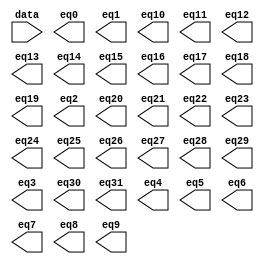
// megafunction wizard: %LPM_DECODE%VBB%
// GENERATION: STANDARD
// VERSION: WM1.0
// MODULE: LPM_DECODE 

// ============================================================
// Megafunction Name(s):
// 			LPM_DECODE
//
// Simulation Library Files(s):
// 			lpm
// ============================================================
// ************************************************************
// THIS IS A WIZARD-GENERATED FILE. DO NOT EDIT THIS FILE!
//
// 22.1std.1 Build 917 02/14/2023 SC Lite Edition
// ************************************************************

//Copyright (C) 2023  Intel Corporation. All rights reserved.
//Your use of Intel Corporation's design tools, logic functions 
//and other software and tools, and any partner logic 
//functions, and any output files from any of the foregoing 
//(including device programming or simulation files), and any 
//associated documentation or information are expressly subject 
//to the terms and conditions of the Intel Program License 
//Subscription Agreement, the Intel Quartus Prime License Agreement,
//the Intel FPGA IP License Agreement, or other applicable license
//agreement, including, without limitation, that your use is for
//the sole purpose of programming logic devices manufactured by
//Intel and sold by Intel or its authorized distributors.  Please
//refer to the applicable agreement for further details, at
//https://fpgasoftware.intel.com/eula.

module decode5_32 (
	data,
	eq0,
	eq1,
	eq10,
	eq11,
	eq12,
	eq13,
	eq14,
	eq15,
	eq16,
	eq17,
	eq18,
	eq19,
	eq2,
	eq20,
	eq21,
	eq22,
	eq23,
	eq24,
	eq25,
	eq26,
	eq27,
	eq28,
	eq29,
	eq3,
	eq30,
	eq31,
	eq4,
	eq5,
	eq6,
	eq7,
	eq8,
	eq9);

	input	[4:0]  data;
	output	  eq0;
	output	  eq1;
	output	  eq10;
	output	  eq11;
	output	  eq12;
	output	  eq13;
	output	  eq14;
	output	  eq15;
	output	  eq16;
	output	  eq17;
	output	  eq18;
	output	  eq19;
	output	  eq2;
	output	  eq20;
	output	  eq21;
	output	  eq22;
	output	  eq23;
	output	  eq24;
	output	  eq25;
	output	  eq26;
	output	  eq27;
	output	  eq28;
	output	  eq29;
	output	  eq3;
	output	  eq30;
	output	  eq31;
	output	  eq4;
	output	  eq5;
	output	  eq6;
	output	  eq7;
	output	  eq8;
	output	  eq9;

endmodule

// ============================================================
// CNX file retrieval info
// ============================================================
// Retrieval info: PRIVATE: BaseDec NUMERIC "1"
// Retrieval info: PRIVATE: EnableInput NUMERIC "0"
// Retrieval info: PRIVATE: INTENDED_DEVICE_FAMILY STRING "Cyclone V"
// Retrieval info: PRIVATE: LPM_PIPELINE NUMERIC "0"
// Retrieval info: PRIVATE: Latency NUMERIC "0"
// Retrieval info: PRIVATE: SYNTH_WRAPPER_GEN_POSTFIX STRING "0"
// Retrieval info: PRIVATE: aclr NUMERIC "0"
// Retrieval info: PRIVATE: clken NUMERIC "0"
// Retrieval info: PRIVATE: eq0 NUMERIC "1"
// Retrieval info: PRIVATE: eq1 NUMERIC "1"
// Retrieval info: PRIVATE: eq10 NUMERIC "1"
// Retrieval info: PRIVATE: eq11 NUMERIC "1"
// Retrieval info: PRIVATE: eq12 NUMERIC "1"
// Retrieval info: PRIVATE: eq13 NUMERIC "1"
// Retrieval info: PRIVATE: eq14 NUMERIC "1"
// Retrieval info: PRIVATE: eq15 NUMERIC "1"
// Retrieval info: PRIVATE: eq16 NUMERIC "1"
// Retrieval info: PRIVATE: eq17 NUMERIC "1"
// Retrieval info: PRIVATE: eq18 NUMERIC "1"
// Retrieval info: PRIVATE: eq19 NUMERIC "1"
// Retrieval info: PRIVATE: eq2 NUMERIC "1"
// Retrieval info: PRIVATE: eq20 NUMERIC "1"
// Retrieval info: PRIVATE: eq21 NUMERIC "1"
// Retrieval info: PRIVATE: eq22 NUMERIC "1"
// Retrieval info: PRIVATE: eq23 NUMERIC "1"
// Retrieval info: PRIVATE: eq24 NUMERIC "1"
// Retrieval info: PRIVATE: eq25 NUMERIC "1"
// Retrieval info: PRIVATE: eq26 NUMERIC "1"
// Retrieval info: PRIVATE: eq27 NUMERIC "1"
// Retrieval info: PRIVATE: eq28 NUMERIC "1"
// Retrieval info: PRIVATE: eq29 NUMERIC "1"
// Retrieval info: PRIVATE: eq3 NUMERIC "1"
// Retrieval info: PRIVATE: eq30 NUMERIC "1"
// Retrieval info: PRIVATE: eq31 NUMERIC "1"
// Retrieval info: PRIVATE: eq4 NUMERIC "1"
// Retrieval info: PRIVATE: eq5 NUMERIC "1"
// Retrieval info: PRIVATE: eq6 NUMERIC "1"
// Retrieval info: PRIVATE: eq7 NUMERIC "1"
// Retrieval info: PRIVATE: eq8 NUMERIC "1"
// Retrieval info: PRIVATE: eq9 NUMERIC "1"
// Retrieval info: PRIVATE: nBit NUMERIC "5"
// Retrieval info: PRIVATE: new_diagram STRING "1"
// Retrieval info: LIBRARY: lpm lpm.lpm_components.all
// Retrieval info: CONSTANT: LPM_DECODES NUMERIC "32"
// Retrieval info: CONSTANT: LPM_TYPE STRING "LPM_DECODE"
// Retrieval info: CONSTANT: LPM_WIDTH NUMERIC "5"
// Retrieval info: USED_PORT: @eq 0 0 32 0 OUTPUT NODEFVAL "@eq[31..0]"
// Retrieval info: USED_PORT: data 0 0 5 0 INPUT NODEFVAL "data[4..0]"
// Retrieval info: USED_PORT: eq0 0 0 0 0 OUTPUT NODEFVAL "eq0"
// Retrieval info: USED_PORT: eq1 0 0 0 0 OUTPUT NODEFVAL "eq1"
// Retrieval info: USED_PORT: eq10 0 0 0 0 OUTPUT NODEFVAL "eq10"
// Retrieval info: USED_PORT: eq11 0 0 0 0 OUTPUT NODEFVAL "eq11"
// Retrieval info: USED_PORT: eq12 0 0 0 0 OUTPUT NODEFVAL "eq12"
// Retrieval info: USED_PORT: eq13 0 0 0 0 OUTPUT NODEFVAL "eq13"
// Retrieval info: USED_PORT: eq14 0 0 0 0 OUTPUT NODEFVAL "eq14"
// Retrieval info: USED_PORT: eq15 0 0 0 0 OUTPUT NODEFVAL "eq15"
// Retrieval info: USED_PORT: eq16 0 0 0 0 OUTPUT NODEFVAL "eq16"
// Retrieval info: USED_PORT: eq17 0 0 0 0 OUTPUT NODEFVAL "eq17"
// Retrieval info: USED_PORT: eq18 0 0 0 0 OUTPUT NODEFVAL "eq18"
// Retrieval info: USED_PORT: eq19 0 0 0 0 OUTPUT NODEFVAL "eq19"
// Retrieval info: USED_PORT: eq2 0 0 0 0 OUTPUT NODEFVAL "eq2"
// Retrieval info: USED_PORT: eq20 0 0 0 0 OUTPUT NODEFVAL "eq20"
// Retrieval info: USED_PORT: eq21 0 0 0 0 OUTPUT NODEFVAL "eq21"
// Retrieval info: USED_PORT: eq22 0 0 0 0 OUTPUT NODEFVAL "eq22"
// Retrieval info: USED_PORT: eq23 0 0 0 0 OUTPUT NODEFVAL "eq23"
// Retrieval info: USED_PORT: eq24 0 0 0 0 OUTPUT NODEFVAL "eq24"
// Retrieval info: USED_PORT: eq25 0 0 0 0 OUTPUT NODEFVAL "eq25"
// Retrieval info: USED_PORT: eq26 0 0 0 0 OUTPUT NODEFVAL "eq26"
// Retrieval info: USED_PORT: eq27 0 0 0 0 OUTPUT NODEFVAL "eq27"
// Retrieval info: USED_PORT: eq28 0 0 0 0 OUTPUT NODEFVAL "eq28"
// Retrieval info: USED_PORT: eq29 0 0 0 0 OUTPUT NODEFVAL "eq29"
// Retrieval info: USED_PORT: eq3 0 0 0 0 OUTPUT NODEFVAL "eq3"
// Retrieval info: USED_PORT: eq30 0 0 0 0 OUTPUT NODEFVAL "eq30"
// Retrieval info: USED_PORT: eq31 0 0 0 0 OUTPUT NODEFVAL "eq31"
// Retrieval info: USED_PORT: eq4 0 0 0 0 OUTPUT NODEFVAL "eq4"
// Retrieval info: USED_PORT: eq5 0 0 0 0 OUTPUT NODEFVAL "eq5"
// Retrieval info: USED_PORT: eq6 0 0 0 0 OUTPUT NODEFVAL "eq6"
// Retrieval info: USED_PORT: eq7 0 0 0 0 OUTPUT NODEFVAL "eq7"
// Retrieval info: USED_PORT: eq8 0 0 0 0 OUTPUT NODEFVAL "eq8"
// Retrieval info: USED_PORT: eq9 0 0 0 0 OUTPUT NODEFVAL "eq9"
// Retrieval info: CONNECT: @data 0 0 5 0 data 0 0 5 0
// Retrieval info: CONNECT: eq0 0 0 0 0 @eq 0 0 1 0
// Retrieval info: CONNECT: eq1 0 0 0 0 @eq 0 0 1 1
// Retrieval info: CONNECT: eq10 0 0 0 0 @eq 0 0 1 10
// Retrieval info: CONNECT: eq11 0 0 0 0 @eq 0 0 1 11
// Retrieval info: CONNECT: eq12 0 0 0 0 @eq 0 0 1 12
// Retrieval info: CONNECT: eq13 0 0 0 0 @eq 0 0 1 13
// Retrieval info: CONNECT: eq14 0 0 0 0 @eq 0 0 1 14
// Retrieval info: CONNECT: eq15 0 0 0 0 @eq 0 0 1 15
// Retrieval info: CONNECT: eq16 0 0 0 0 @eq 0 0 1 16
// Retrieval info: CONNECT: eq17 0 0 0 0 @eq 0 0 1 17
// Retrieval info: CONNECT: eq18 0 0 0 0 @eq 0 0 1 18
// Retrieval info: CONNECT: eq19 0 0 0 0 @eq 0 0 1 19
// Retrieval info: CONNECT: eq2 0 0 0 0 @eq 0 0 1 2
// Retrieval info: CONNECT: eq20 0 0 0 0 @eq 0 0 1 20
// Retrieval info: CONNECT: eq21 0 0 0 0 @eq 0 0 1 21
// Retrieval info: CONNECT: eq22 0 0 0 0 @eq 0 0 1 22
// Retrieval info: CONNECT: eq23 0 0 0 0 @eq 0 0 1 23
// Retrieval info: CONNECT: eq24 0 0 0 0 @eq 0 0 1 24
// Retrieval info: CONNECT: eq25 0 0 0 0 @eq 0 0 1 25
// Retrieval info: CONNECT: eq26 0 0 0 0 @eq 0 0 1 26
// Retrieval info: CONNECT: eq27 0 0 0 0 @eq 0 0 1 27
// Retrieval info: CONNECT: eq28 0 0 0 0 @eq 0 0 1 28
// Retrieval info: CONNECT: eq29 0 0 0 0 @eq 0 0 1 29
// Retrieval info: CONNECT: eq3 0 0 0 0 @eq 0 0 1 3
// Retrieval info: CONNECT: eq30 0 0 0 0 @eq 0 0 1 30
// Retrieval info: CONNECT: eq31 0 0 0 0 @eq 0 0 1 31
// Retrieval info: CONNECT: eq4 0 0 0 0 @eq 0 0 1 4
// Retrieval info: CONNECT: eq5 0 0 0 0 @eq 0 0 1 5
// Retrieval info: CONNECT: eq6 0 0 0 0 @eq 0 0 1 6
// Retrieval info: CONNECT: eq7 0 0 0 0 @eq 0 0 1 7
// Retrieval info: CONNECT: eq8 0 0 0 0 @eq 0 0 1 8
// Retrieval info: CONNECT: eq9 0 0 0 0 @eq 0 0 1 9
// Retrieval info: GEN_FILE: TYPE_NORMAL decode5_32.v TRUE
// Retrieval info: GEN_FILE: TYPE_NORMAL decode5_32.inc FALSE
// Retrieval info: GEN_FILE: TYPE_NORMAL decode5_32.cmp FALSE
// Retrieval info: GEN_FILE: TYPE_NORMAL decode5_32.bsf FALSE
// Retrieval info: GEN_FILE: TYPE_NORMAL decode5_32_inst.v FALSE
// Retrieval info: GEN_FILE: TYPE_NORMAL decode5_32_bb.v TRUE
// Retrieval info: LIB_FILE: lpm